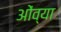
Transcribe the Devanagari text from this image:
ओंव्या